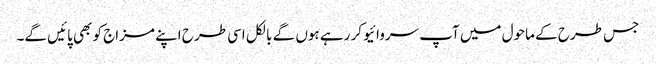
جس طرح کے ماحول میں آپ سروائیو کر رہے ہوں گے بالکل اسی طرح اپنے مزاج کو بھی پائیں گے۔